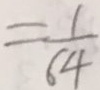
= \frac { 1 } { 6 4 }